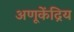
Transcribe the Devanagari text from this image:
अणूकेंद्रिय